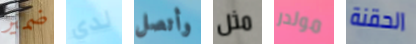
ضمير لدي وأتصل مثل مولدر الحقنة